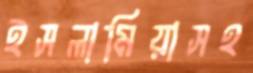
ইসলামিয়াসহ